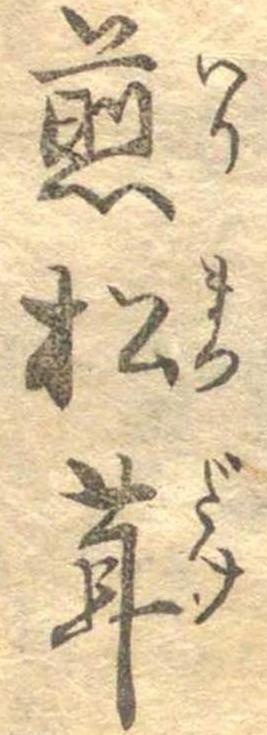
煎松茸